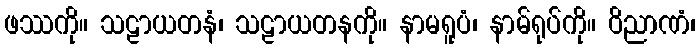
ဖဿကို။ သဠာယတနံ၊ သဠာယတနကို။ နာမရူပံ၊ နာမ်ရုပ်ကို။ ဝိညာဏံ၊